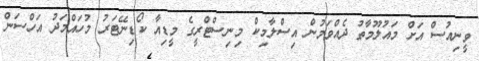
ވީނިއުސް އަށް މައުލޫމާތު ދެއްވަމުން އިސްލާމިކް މިނިސްޓްރީގެ މީޑިއާ ކޯޑިނޭޓަރު މުހައްމަދު އަހްސަން